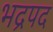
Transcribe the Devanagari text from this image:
भद्रपद